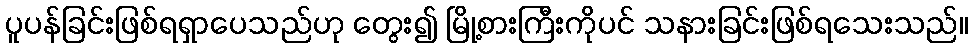
ပူပန်ခြင်းဖြစ်ရရှာပေသည်ဟု တွေး၍ မြို့စားကြီးကိုပင် သနားခြင်းဖြစ်ရသေးသည်။